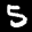
Label: 5